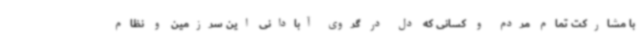
با مشارکت تمام مردم و کسانی که دل در گروی آبادانی این سرزمین و نظام